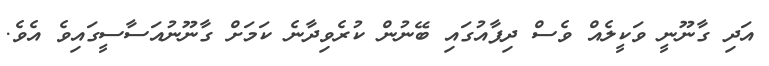
އަދި ގާނޫނީ ވަކީލެއް ވެސް ދިފާއުގައި ބޭނުން ކުރެވިދާނެ ކަމަށް ގާނޫނުއަަސާސީގައިވެ އެވެ.